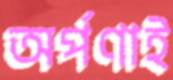
অর্পণাই